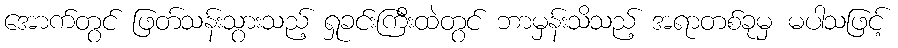
အောက်တွင် ဖြတ်သန်းသွားသည့် ရှုခင်းကြီးထဲတွင် ဘာမှန်းသိသည့် အရာတစ်ခုမှ မပါသဖြင့်